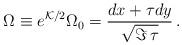
LaTeX: \begin{align*}\Omega \equiv e^{{\cal K}/2} \Omega_0 = {dx + \tau dy\over\sqrt{\Im\,\tau}} \,.\end{align*}